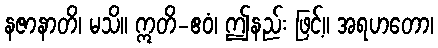
နဇာနာတိ၊ မသိ။ ဣတိ-ဧဝံ၊ ဤနည်း ဖြင့်။ အရဟတော၊